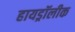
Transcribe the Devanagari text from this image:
हायड्रॉलीक